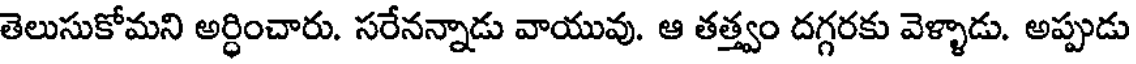
తెలుసుకోమని అర్ధించారు. సరేనన్నాడు వాయువు. ఆ తత్త్వం దగ్గరకు వెళ్ళాడు. అప్పుడు